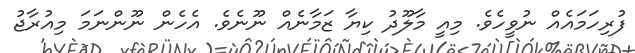
ފުރިހަމައެއް ނުވީހެވެ. މިއީ މާލޫދު ކިޔާ ޒަމާނެއް ނޫނެވެ. އެހެން ނޫންނަމަ މިއުރާޖު